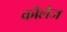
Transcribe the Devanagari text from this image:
कॊलेज